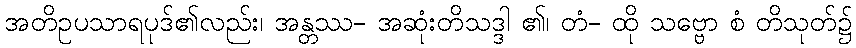
အတိဥပသာရပုဒ်၏လည်း၊ အန္တဿ- အဆုံးတိသဒ္ဒါ ၏၊ တံ- ထို သဗ္ဗော စံ တိသုတ်၌